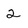
Character: 2